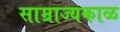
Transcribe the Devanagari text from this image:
साम्राज्यकाळ